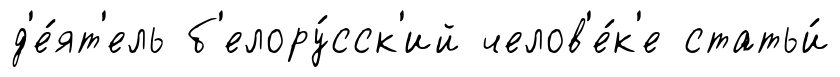
д'е́ят'ель б'елору́сск'ий челов'е́к'е статьи́